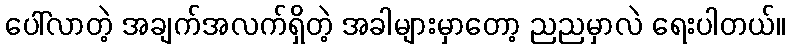
ပေါ်လာတဲ့ အချက်အလက်ရှိတဲ့ အခါများမှာတော့ ညညမှာလဲ ရေးပါတယ်။